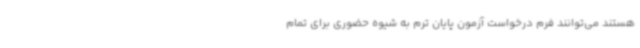
هستند می‌توانند فرم درخواست آزمون پایان ترم به شیوه حضوری برای تمام